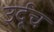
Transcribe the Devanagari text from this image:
उर्दूच